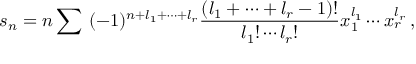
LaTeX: s _ { n } = n \sum \ ( - 1 ) ^ { n + l _ { 1 } + \cdots + l _ { r } } \frac { ( l _ { 1 } + \cdots + l _ { r } - 1 ) ! } { l _ { 1 } ! \cdots l _ { r } ! } x _ { 1 } ^ { l _ { 1 } } \cdots x _ { r } ^ { l _ { r } } \, ,